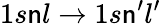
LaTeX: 1s\mathsf{n}l\to1s\mathsf{n}^{\prime}l^{\prime}